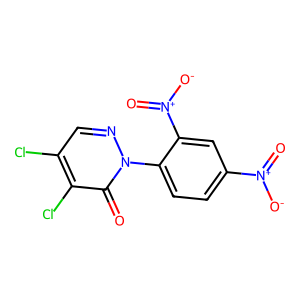
SMILES: O=c1c(Cl)c(Cl)cnn1-c1ccc([N+](=O)[O-])cc1[N+](=O)[O-]
Inhibits HIV replication: No